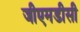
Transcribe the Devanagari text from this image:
जीएमडीसी